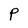
Character: P